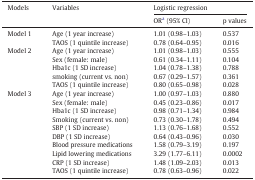
<table><thead><tr><td><b>Models</b></td><td><b>Variables</b></td><td colspan="2"><b>Logistic regression</b></td></tr><tr><td><b>ORa (95% CI)</b></td><td><b>p values</b></td></tr></thead><tbody><tr><td>Model 1</td><td>Age (1 year increase)</td><td>1.01 (0.98–1.03)</td><td>0.537</td></tr><tr><td>TAOS (1 quintile increase)</td><td>0.78 (0.64–0.95)</td><td>0.016</td></tr><tr><td>Model 2</td><td>Age (1 year increase)</td><td>1.01 (0.98–1.03)</td><td>0.555</td></tr><tr><td>Sex (female: male)</td><td>0.61 (0.34–1.11)</td><td>0.104</td></tr><tr><td>Hba1c (1 SD increase)</td><td>1.04 (0.78–1.38)</td><td>0.788</td></tr><tr><td>smoking (current vs. non)</td><td>0.67 (0.29–1.57)</td><td>0.361</td></tr><tr><td>TAOS (1 quintile increase)</td><td>0.80 (0.65–0.98)</td><td>0.028</td></tr><tr><td>Model 3</td><td>Age (1 year increase)</td><td>1.00 (0.97–1.03)</td><td>0.880</td></tr><tr><td>Sex (female: male)</td><td>0.45 (0.23–0.86)</td><td>0.017</td></tr><tr><td>Hba1c (1 SD increase)</td><td>0.98 (0.71–1.34)</td><td>0.984</td></tr><tr><td>Smoking (current vs. non)</td><td>0.73 (0.30–1.78)</td><td>0.494</td></tr><tr><td>SBP (1 SD increase)</td><td>1.13 (0.76–1.68)</td><td>0.552</td></tr><tr><td>DBP (1 SD increase)</td><td>0.64 (0.43–0.96)</td><td>0.030</td></tr><tr><td>Blood pressure medications</td><td>1.58 (0.79–3.19)</td><td>0.197</td></tr><tr><td>Lipid lowering medications</td><td>3.29 (1.77–6.11)</td><td>0.0002</td></tr><tr><td>CRP (1 SD increase)</td><td>1.48 (1.09–2.03)</td><td>0.013</td></tr><tr><td>TAOS (1 quintile increase)</td><td>0.78 (0.63–0.96)</td><td>0.022</td></tr></tbody></table>